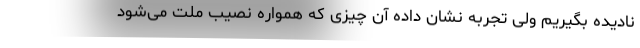
نادیده بگیریم ولی تجربه نشان داده آن چیزی که همواره نصیب ملت می‌شود